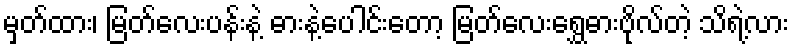
မှတ်ထား၊ မြတ်လေးပန်းနဲ့ ဓားနဲ့ပေါင်းတော့ မြတ်လေးရွှေဓားဗိုလ်တဲ့ သိရဲ့လား